Leaving Certificate Examination, 1909
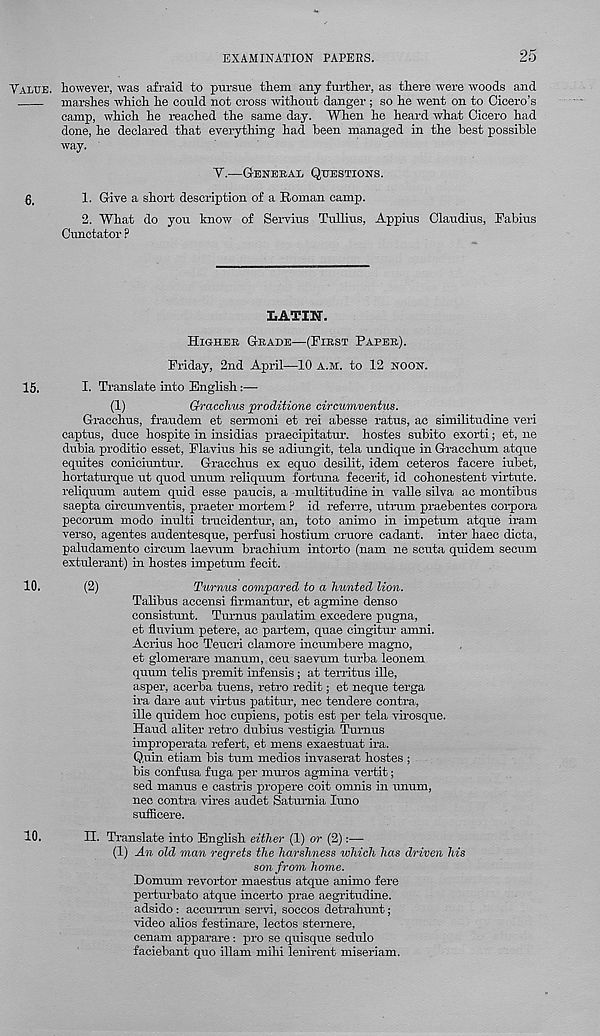
EXAMINATION PAPERS.
25
VALUE, however, was afraid to pursue them any further, as there were woods and
marshes which he could not cross without danger ; so he went on to Cicero’s
camp, which he reached the same day. When he heard what Cicero had
done, he declared that everything had been managed in the best possible
way.
V.—GENERAL QUESTIONS.
g,
1. Give a short description of a Roman camp.
2. What do you know of Servius Tullius, Appius Claudius, Fabius
Cunctator ?
LATIN.
HIGHER GRADE—(FIRST PAPER).
Friday, 2nd April—10 A.M. to 12 NOON.
IS.
I. Translate into English
(1)
Gracchus proditione circumventus.
Gracchus, fraudem et sermoni et rei abesse ratus, ac similitudine veil
captus, duce hospite in insidias praecipitatur. hostes subito exorti; et, ne
dubia proditio esset, Flavius his se adiungit, tela undique in Gracchum atque
equites coniciuntur. Gracchus ex equo desilit, idem ceteros facere iubet,
hortaturque ut quod unum reliquum fortuna fecerit, id cohonestent virtute.
reliquum autem quid esse paucis, a multitudine in valle silva ac montibus
saepta circumventis, praeter mortem ? id referre, utrum praebentes corpora
pecorum modo inulti tracidentur, an, toto animo in impetum atque iram
verso, agentes audentesque, perfusi hostium cruore cadant. inter haec dicta,
paludamento circum laevum brachitun intorto (nam ne scuta quidem secum
extulerant) in hostes impetum fecit.
10.
(2)
Turnus compared to a hunted lion.
Talibus accensi firmantur, et agmine denso
consistunt. Turnus paulatim excedere pugna,
et fluvium petere, ac partem, quae cingitur amni.
Acrius hoc Teucri clamore incumbere magno,
et glomerare manum, ceu saevum turba leonem
quum telis premit infensis; at territus ille,
asper, acerba tuens, retro redit; et neque terga
ira dare aut virtus patitur, nec tendere contra,
ille quidem hoc cupiens, potis est per tela virosque.
Hand aliter retro dubius vestigia Turnus
improperata refert, et mens exaestuat ira.
Quin etiam bis turn medios invaserat hostes ;
bis confusa fuga per muros agmina vertit;
sed manus e castris propere coit omnis in unum,
nec contra vires audet Satumia luno
sufficere.
10.
H. Translate into English either (1) or (2):—
(1) An old man regrets the harshness which has d/riven his
son from home.
Domum revortor maestus atque animo fere
pertiubato atque incerto prae aegritudine.
adsido: accurran servi, soccos detrahunt;
video alios festinare, lectos sternere,
cenam apparare : pro se quisque sedulo
faciebant quo illam mihi lenirent miseriam.